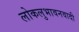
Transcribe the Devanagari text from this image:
लोकलुभावनवादी